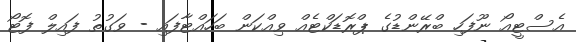
އެސްޓީއޯ ނޫފަހި ބްރޭންޑުގެ ޕްރޮޑަކްޓެއް ވިއްކަން ބަހައްޓާފައި - ވަގުތު ފައިލް ފޮޓޯ